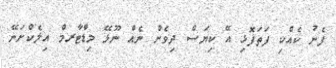
ފެނު ކެއްކި ފަތަފޮޅި އޭ ކިޔަސް ދިވެން ނެއް ނޫޅޭ މިޑްޓާރމް އިލެކްށަނޭ